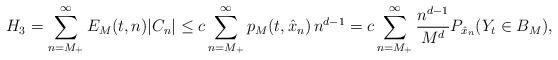
LaTeX: \begin{align*}H_3=\sum_{n=M_+}^\infty E_M(t,n)|C_n|&\leq c\sum_{n=M_+}^\infty p_M(t,\hat x_n)\,n^{d-1} = c \sum_{n=M_+}^\infty\frac{n^{d-1}}{M^d}P_{\hat x_n}(Y_t\in B_M),\end{align*}